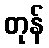
တုန်